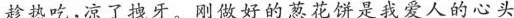
趁热吃，凉了拽牙。刚做好的葱花饼是我爱人的心头